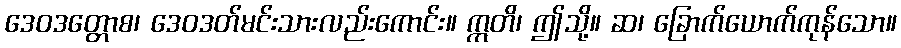
ဒေဝဒတ္တောစ၊ ဒေဝဒတ်မင်းသားလည်းကောင်း။ ဣတိ၊ ဤသို့။ ဆ၊ ခြောက်ယောက်ကုန်သော။